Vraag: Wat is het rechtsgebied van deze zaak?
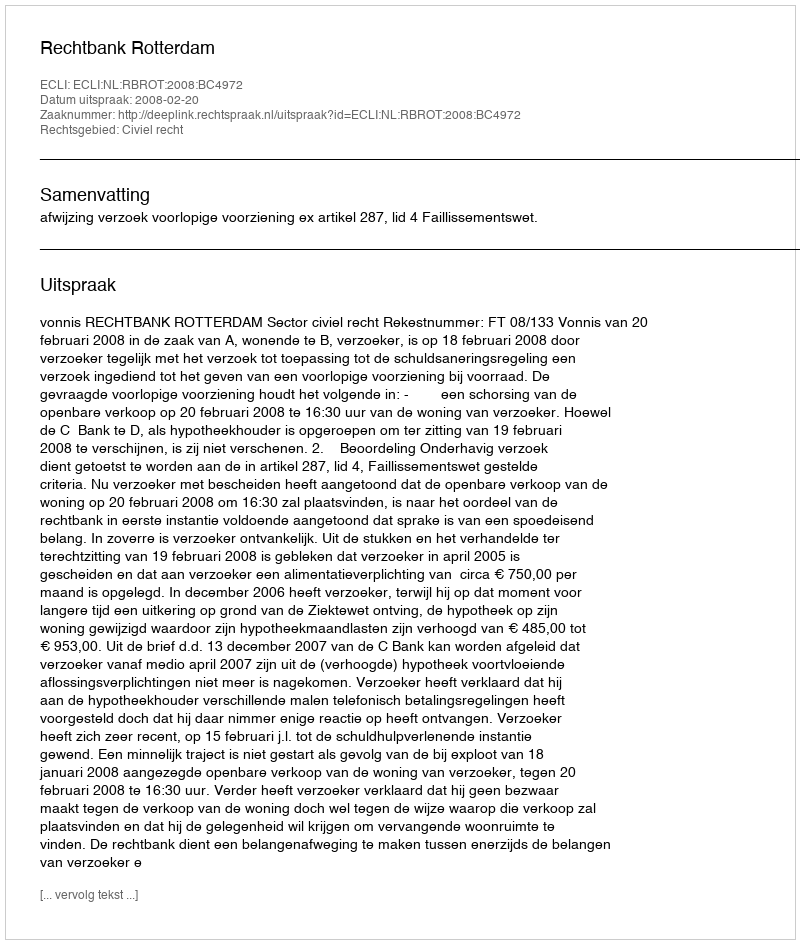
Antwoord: Civiel recht